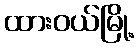
ထားဝယ်မြို့